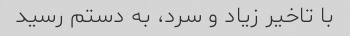
با تاخیر زیاد و سرد، به دستم رسید